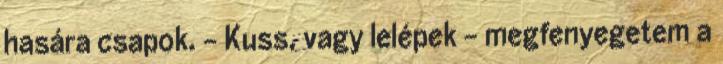
hasára csapok. - Kuss, vagy lelépek - megfenyegetem a